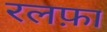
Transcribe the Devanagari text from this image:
रलफ़ा